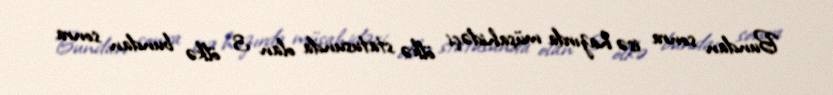
Bundan sonra isə hazırda müşahidəçi ölkə statusunda olan 3 ölkə bundan sonra